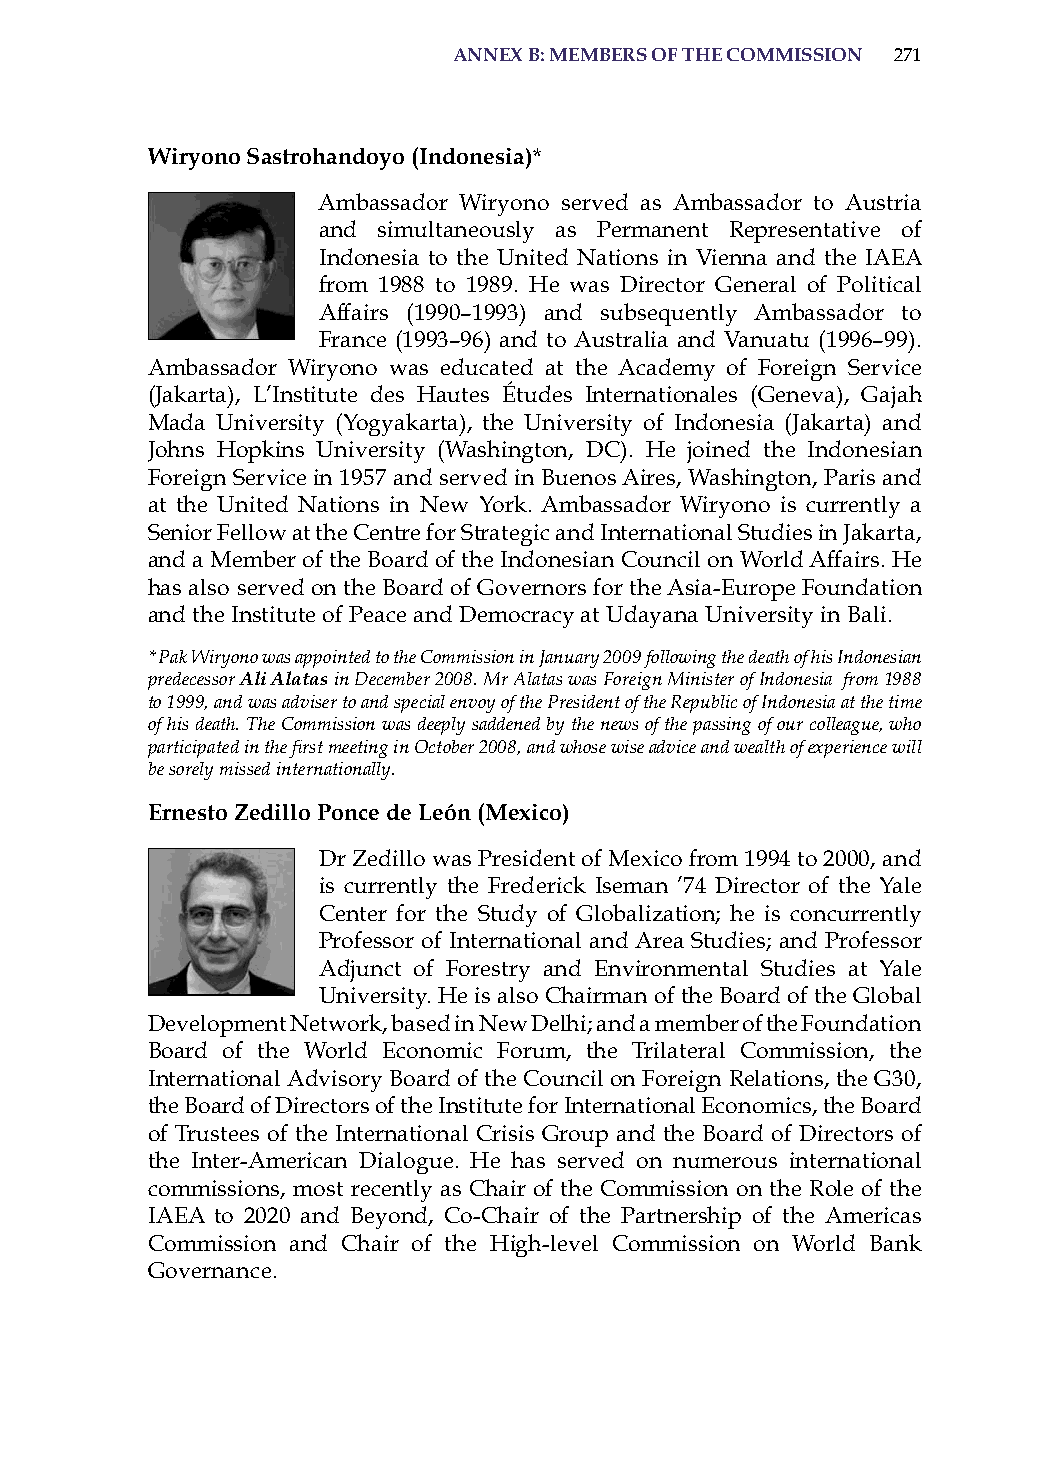
annex B: memBers of the commission 271
 wiryono sastrohandoyo (indonesia)*
 ambassador Wiryono served as ambassador to austria
 and simultaneously as Permanent representative of
 indonesia to the United Nations in Vienna and the iaEa
 from 1988 to 1989. he was Director General of Political
 affairs (1990–1993) and subsequently ambassador to
 France (1993–96) and to australia and Vanuatu (1996–99).
 ambassador Wiryono was educated at the academy of Foreign service
 (Jakarta), L’institute des hautes Études internationales (Geneva), Gajah
 Mada University (Yogyakarta), the University of indonesia (Jakarta) and
 Johns hopkins University (Washington, DC). he joined the indonesian
 Foreign service in 1957 and served in Buenos aires, Washington, Paris and
 at the United Nations in New York. ambassador Wiryono is currently a
 senior Fellow at the Centre for strategic and international studies in Jakarta,
 and a Member of the Board of the indonesian Council on World affairs. he
 has also served on the Board of Governors for the asia-Europe Foundation
 and the institute of Peace and Democracy at Udayana University in Bali.
 * Pak Wiryono was appointed to the Commission in January 2009 following the death of his Indonesian
 predecessor Ali Alatas in December 2008. Mr Alatas was Foreign Minister of Indonesia from 1988
 to 1999, and was adviser to and special envoy of the President of the Republic of Indonesia at the time
 of his death. The Commission was deeply saddened by the news of the passing of our colleague, who
 participated in the first meeting in October 2008, and whose wise advice and wealth of experience will
 be sorely missed internationally.
 ernesto zedillo Ponce de león (mexico)
 Dr Zedillo was President of Mexico from 1994 to 2000, and
 is currently the Frederick iseman ’74 Director of the Yale
 Center for the study of Globalization; he is concurrently
 Professor of international and area studies; and Professor
 adjunct of Forestry and Environmental studies at Yale
 University. he is also Chairman of the Board of the Global
 Development Network, based in New Delhi; and a member of the Foundation
 Board of the World Economic Forum, the Trilateral Commission, the
 international advisory Board of the Council on Foreign relations, the G30,
 the Board of Directors of the institute for international Economics, the Board
 of Trustees of the international Crisis Group and the Board of Directors of
 the inter-american Dialogue. he has served on numerous international
 commissions, most recently as Chair of the Commission on the role of the
 iaEa to 2020 and Beyond, Co-Chair of the Partnership of the americas
 Commission and Chair of the high-level Commission on World Bank
 Governance.